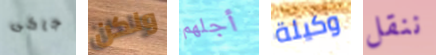
جاكى ولكن أجلهم وكيلة ننقل